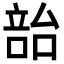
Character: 𪡳